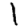
Digit: 1